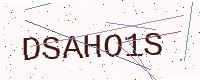
Text: DSAHO1S